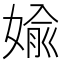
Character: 婾